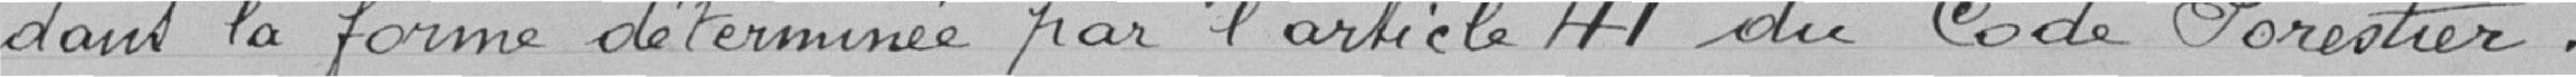
dans la forme déterminée par l'article  du code forestier.